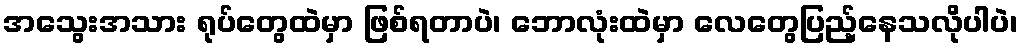
အသွေးအသား ရုပ်တွေထဲမှာ ဖြစ်ရတာပဲ၊ ဘောလုံးထဲမှာ လေတွေပြည့်နေသလိုပါပဲ၊